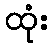
ထုံး